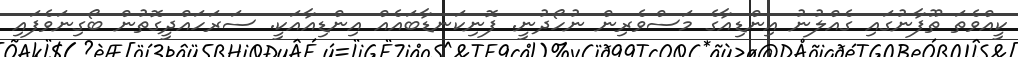
ކީއްވެތަ ތޫފާނުގައި ގެއްލުނު އިންޑިއާގެ މަސްވެރިން ނުހޯދުނީ. ފޮނިކަނޑާބައެއް އިންޑިއާއަކީ. ސަރަހައްދީގޮތުން ބޯގިނަވެފައި